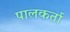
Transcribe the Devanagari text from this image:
पालकर्ता